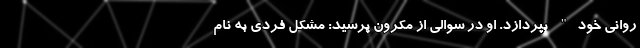
روانی خود" بپردازد. او در سوالی از مکرون پرسید: مشکل فردی به نام